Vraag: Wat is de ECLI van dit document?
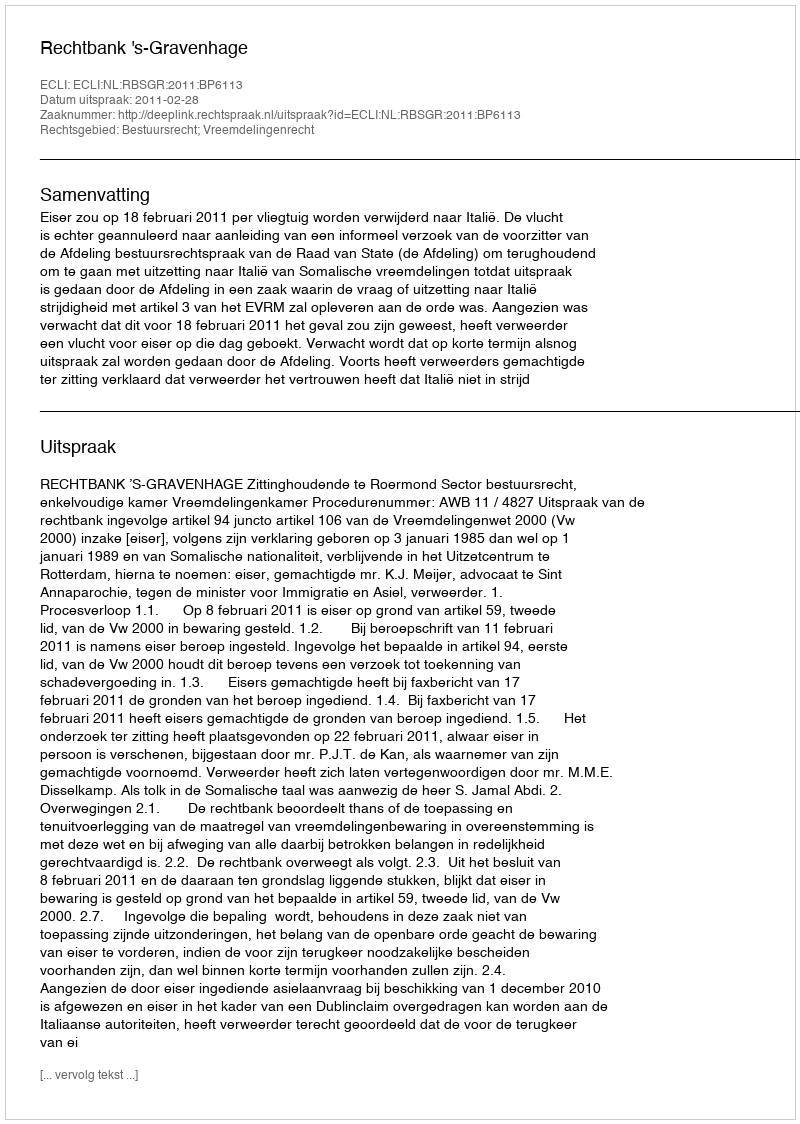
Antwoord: ECLI:NL:RBSGR:2011:BP6113